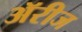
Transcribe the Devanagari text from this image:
ॲरीज